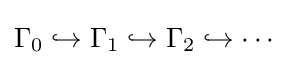
\Gamma _{0}\hookrightarrow \Gamma _{1}\hookrightarrow \Gamma _{2}\hookrightarrow \cdots